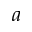
a